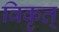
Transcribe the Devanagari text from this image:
विकृत्